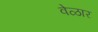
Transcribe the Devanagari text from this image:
वेळार